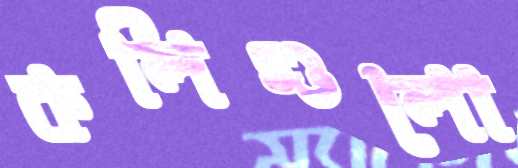
কলিগুলো